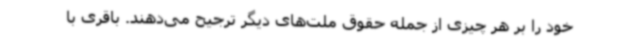
خود را بر هر چیزی از جمله حقوق ملت‌های دیگر ترجیح می‌دهند. باقری با